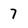
Character: 7